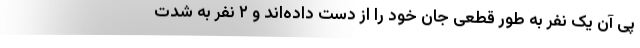
پی آن یک نفر به طور قطعی جان خود را از دست داده‌اند و ۲ نفر به شدت